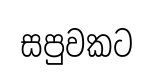
සපුවකට